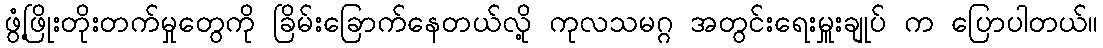
ဖွံ့ဖြိုးတိုးတက်မှုတွေကို ခြိမ်းခြောက်နေတယ်လို့ ကုလသမဂ္ဂ အတွင်းရေးမှူးချုပ် က ပြောပါတယ်။